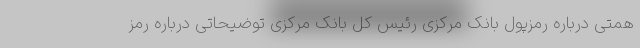
همتی درباره رمزپول بانک مرکزی رئیس کل بانک مرکزی توضیحاتی درباره رمز